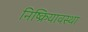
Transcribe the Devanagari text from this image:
निष्क्रियावस्था